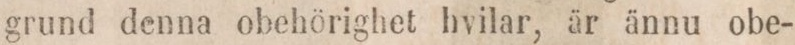
grund denna obehörighet hvilar, är ännu obe-